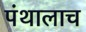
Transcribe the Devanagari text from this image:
पंथालाच